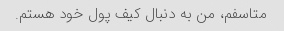
متاسفم، من به دنبال کیف پول خود هستم.